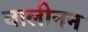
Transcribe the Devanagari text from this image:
वालीनन